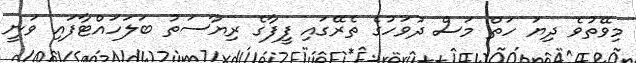
މިވޭތުވެ ދިޔަ ހަތް މަސް ދުވަހުގެ ތެރޭގައި ފީފާގެ ރިޔާސަތު ބަލަހައްޓާފައި ވަނީ